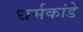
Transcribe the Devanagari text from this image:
धर्मकांडे